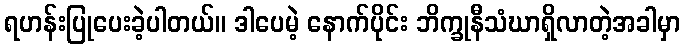
ရဟန်းပြုပေးခဲ့ပါတယ်။ ဒါပေမဲ့ နောက်ပိုင်း ဘိက္ခုနီသံဃာရှိလာတဲ့အခါမှာ